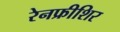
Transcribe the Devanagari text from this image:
रेनफ्रीशिर